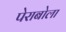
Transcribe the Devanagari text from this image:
पेराबोला